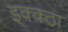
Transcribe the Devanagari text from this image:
इक्क्ठा